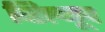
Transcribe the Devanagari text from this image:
व्हिल्नूव